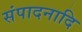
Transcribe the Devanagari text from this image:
संपादनादि